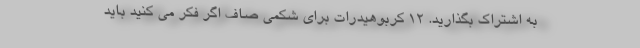
به اشتراک بگذارید. 12 کربوهیدرات برای شکمی صاف اگر فکر می کنید باید